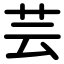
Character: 芸